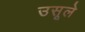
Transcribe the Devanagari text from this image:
उसूले